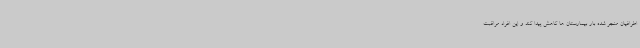
اطرافیان منجر شده بار بیمارستان ها کاهش پیدا کند و این افراد مراقبت